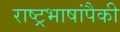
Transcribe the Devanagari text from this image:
राष्ट्रभाषांपैकी